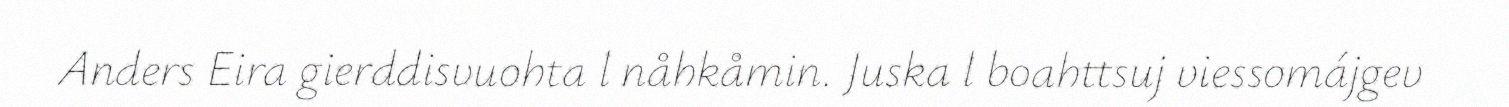
Anders Eira gierddisvuohta l nåhkåmin. Juska l boahttsuj viessomájgev